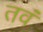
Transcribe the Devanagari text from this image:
तवं